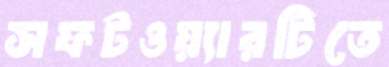
সফটওয়্যারটিতে